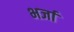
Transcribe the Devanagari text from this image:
भर्जा